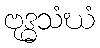
ဗုဒ္ဓသံဃံ